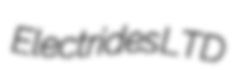
Electrides LTD